Lunatic asylums Punjab 1881-1894 - 1881-1894
Year: 1881
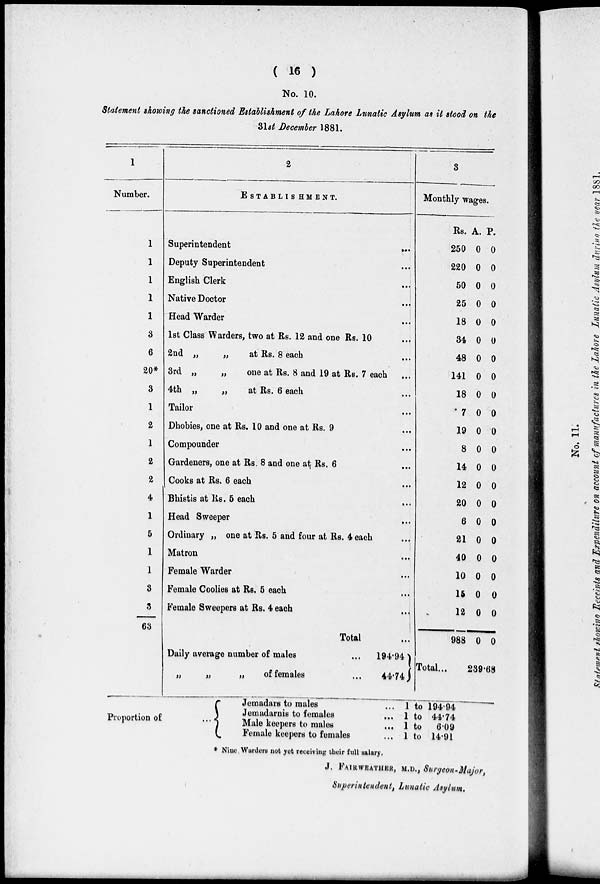
( 16 )
No. 10.
Statement showing the sanctioned Establishment of the Lahore Lunatic Asylum as it stood on the
31st December 1881.
1
Number.
1
1
1
1
1
3
6
20*
3
1
2
1
2
2
4
1
5
1
1
3
3
63
2
ESTABLISHMENT.
Superintendent ...
Deputy Superintendent...
English Clerk...
Native Doctor...
Head Warder...
1st Glass Warders, two at Rs. 12 and one Rs. 10...
2nd „
„
at Rs. 8 each ...
3rd „
„
one at Rs. 8 and 19 at Rs. 7 each ...
4th „
„
at Rs. 6 each ...
Tailor...
Dhobies, one at Rs. 10 and one at Rs. 9...
Compounder...
Gardeners, one at Rs. 8 and one at Rs. 6 ...
Cooks at Rs. 6 each ...
Bhistis at Rs. 5 each...
Head Sweeper...
Ordinary „ one at Rs. 5 and four at Rs. 4 each ...
Matron...
Female Warder...
Female Coolies at Rs. 5 each ...
Female Sweepers at Rs. 4 each ...
Total ...
Daily average number of males
...
194.94
„
„
„
of females
...
44.74
3
Monthly wages.
Rs.
250
220
50
25
18
34
48
141
18
7
19
8
14
12
20
6
21
40
10
16
12
988
Total...
A.
0
0
0
0
0
0
0
0
0
0
0
0
0
0
0
0
0
0
0
0
0
0
P.
0
0
0
0
0
0
0
0
0
0
0
0
0
0
0
0
0
0
0
0
0
0
239.68
Proportion of
...
Jemadars to males
Jemadarnis to females ...
Male keepers to males
Female keepers to females
1 to 194.94
1 to 44.74
1 to 6.09
1 to 14.91
* Nine Warders not yet receiving their full salary.
J. FAIRWEATHER, M.D., Surgeon. Major,
Superintendent, Lunatic Asylum,